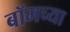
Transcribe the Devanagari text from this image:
बॉमच्या